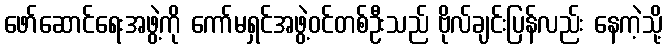
ဖော်ဆောင်ရေးအဖွဲ့ကို ကော်မရှင်အဖွဲ့ဝင်တစ်ဦးသည် ဗိုလ်ချင်းပြန်လည်း နေကဲ့သို့